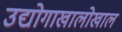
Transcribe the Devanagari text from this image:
उद्योगाखालोखाल